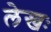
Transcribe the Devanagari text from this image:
लेखः